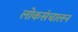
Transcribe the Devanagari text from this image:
लोकसंचालन